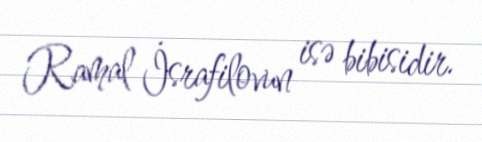
Ramal İsrafilovun isə bibisidir.